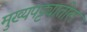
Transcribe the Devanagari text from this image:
मुख्यपट्ट्यातील